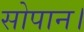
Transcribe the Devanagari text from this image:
सोपान।